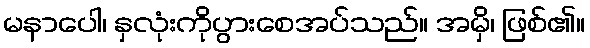
မနာပေါ၊ နှလုံးကိုပွားစေအပ်သည်။ အမှိ၊ ဖြစ်၏။